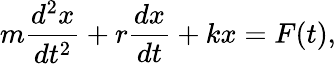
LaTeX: m{\frac{d^{2}x}{dt^{2}}}+r{\frac{dx}{dt}}+kx=F(t),